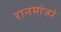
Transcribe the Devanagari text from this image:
रानमांजरं